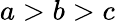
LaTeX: a>b>c